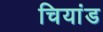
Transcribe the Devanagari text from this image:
चियांड